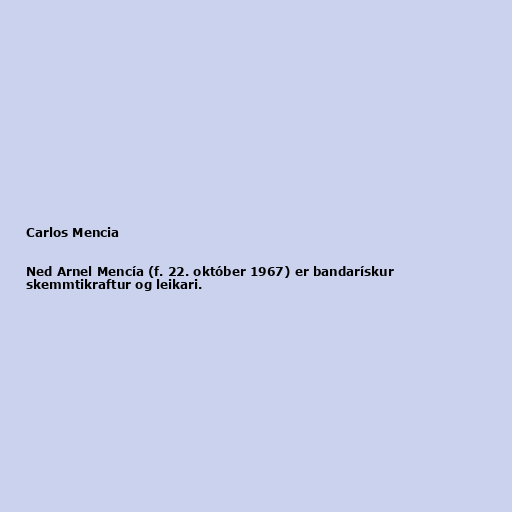
Carlos Mencia

Ned Arnel Mencía (f. 22. október 1967) er bandarískur
skemmtikraftur og leikari.